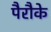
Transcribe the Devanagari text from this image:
पैरौके